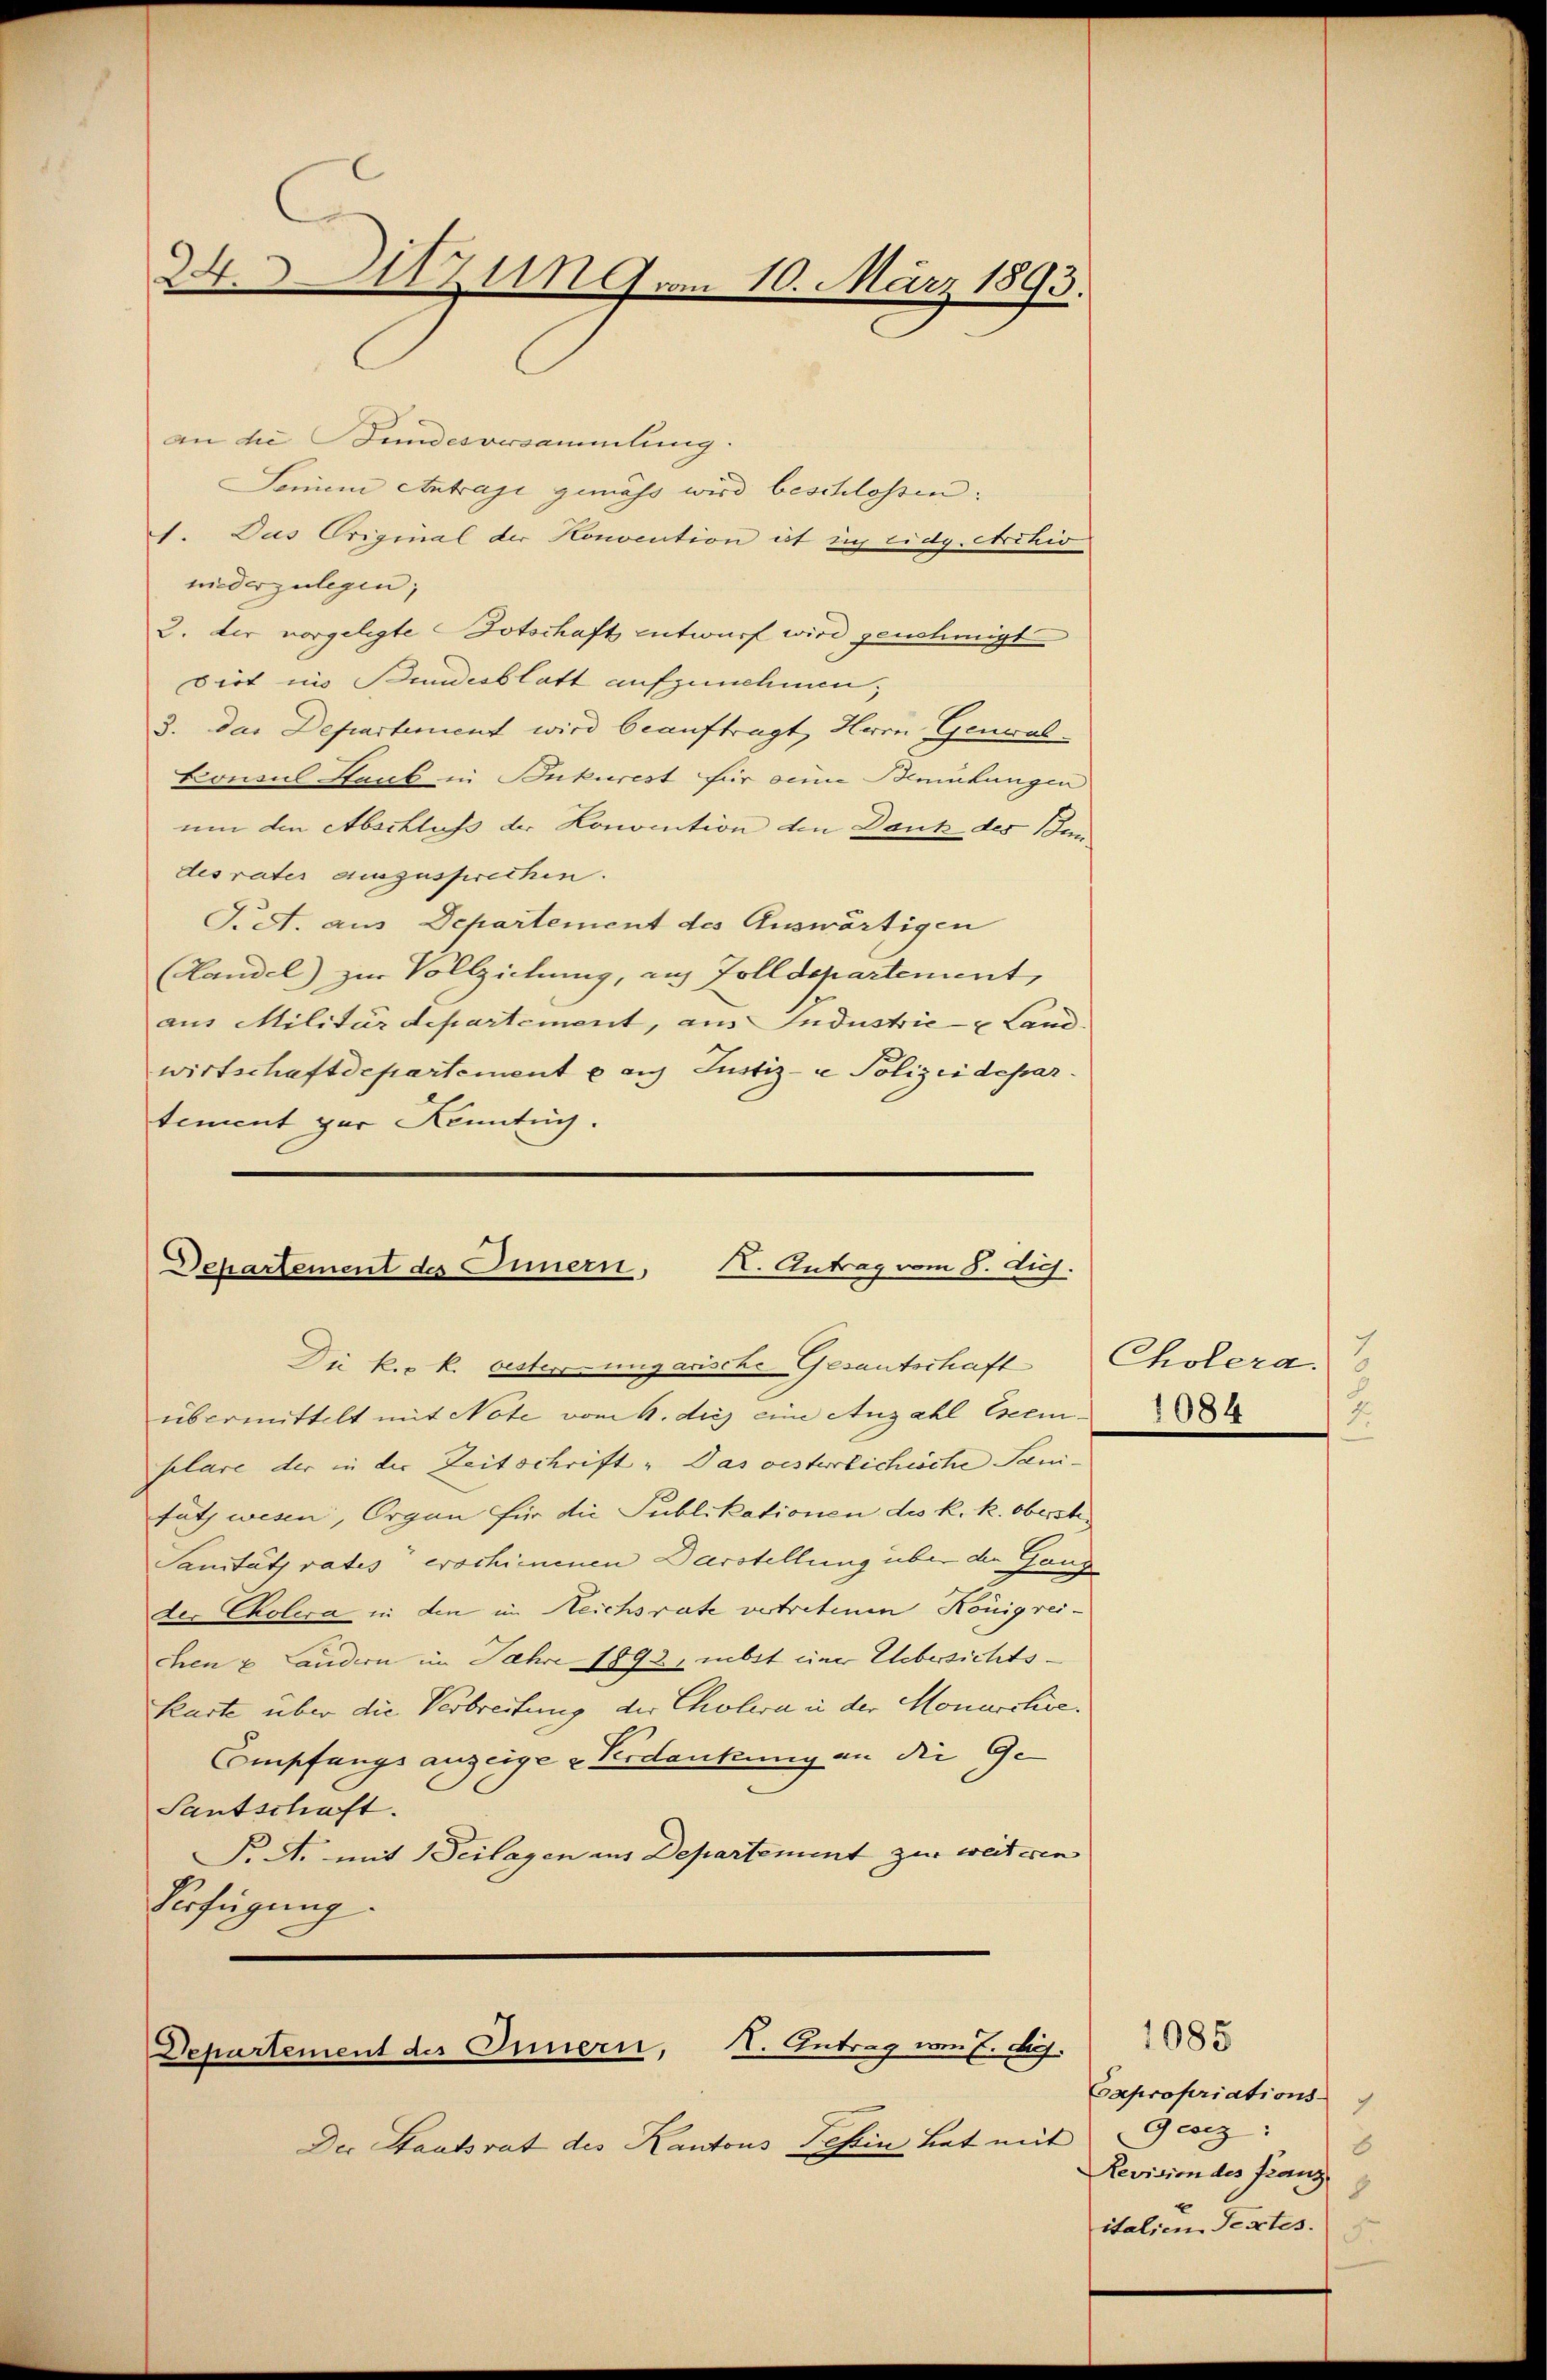
24. Sitzung am 10. März 1893.

an die Stundesversammlung.
Senum Antrage gemäß wird beschlossen.
1. Das Original der Konvention ist in Eidg. Archiv
niederzulegen;
2. der vorgelegte Botschaft entwurf wird genehmigt
Dirt ins Bundesblatt aufzunehmen,
3. das Departement wird beauftragt, Herrn Genwalkonsul Haub in Konkurest für seine Bemühungen
um den Abschluss der Konvention den Dank des Bun
des vater auszusprechen.
J. A. aus Departement des Auswärtigen
(Landel) zur Vollziehung, aus Zolldepartement,
aus Militärdepartement, aus Industrie- & Land
wirtschaftdepartement aus Justiz- & Polizeidepartement par Kenntig.

Departement des Innern, K. Antrag vom 8. Juch.
Die k. k. bester ungarische Gesantschaft Cholera.

übermittelt mit Note vom 6. dies eine Anzahl Cseem-
plare der in der Zeitschrift. Das oesterlichische Sanifatz wesen, Organ für die Publikationen des k. k. oberste¬
Sanität rates erschimmenen Darstellung über den Ganz
der Cholera in den im Reichsrate vertretenen Königreichen u. Landern im Jahre 1892, nebst einer Uebersichts-
Kuste über die Verbreitung der Cholera in der Monarchie¬
Empfangs anzeige Verdankung an die Ge¬
Santschaft.
F. A. mit Feilagen ins Departement zur weiteren
Verfügung.

Der Staatsrat des Kantons Tessin, hat mit

Departement des Innern, II. Antrag vom 7. d.

1084
.

1085
Capropriations-
7.
Gerz 18
Revision des Franz
8
italien Textes.
5.